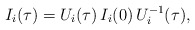
\begin{align*}I_{i}({\tau})= U_{i}({\tau}) \, I_{i}(0)\,U^{-1}_{i}({\tau}) ,\end{align*}